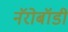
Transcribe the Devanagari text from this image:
नॅरोबॉडी